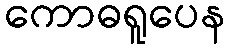
ကောဓရူပေန